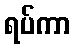
ရပ်ကာ